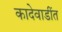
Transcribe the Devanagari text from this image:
कादेवाडींत